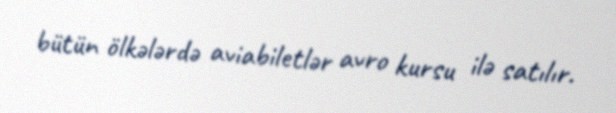
bütün ölkələrdə aviabiletlər avro kursu ilə satılır.